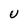
Character: U